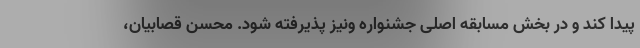
پیدا کند و در بخش مسابقه اصلی جشنواره ونیز پذیرفته شود. محسن قصابیان،